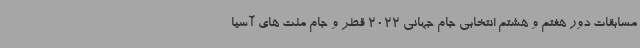
مسابقات دور هفتم و هشتم انتخابی جام جهانی 2022 قطر و جام ملت های آسیا